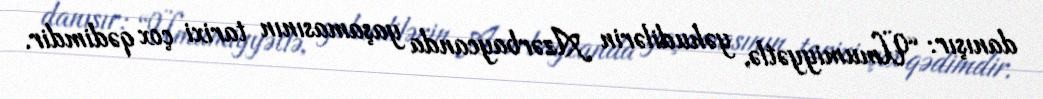
danışır: “Ümumiyyətlə, yəhudilərin Azərbaycanda yaşamasının tarixi çox qədimdir.